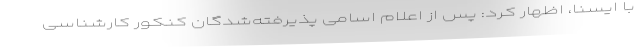
با ایسنا، اظهار کرد: پس از اعلام اسامی پذیرفته‌شدگان کنکور کارشناسی